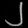
Digit: ၂